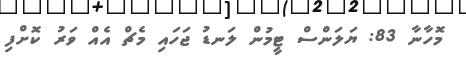
މޮހާނާ 83: ޔަލަންސް ޓީމުން ލަނޑު ޖަހައި މެޗް އެއް ވަރު ކޮށްފި